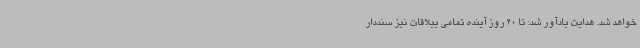
خواهد شد. هدایت یادآور شد: تا 20 روز آینده تمامی ییلاقات نیز سنددار